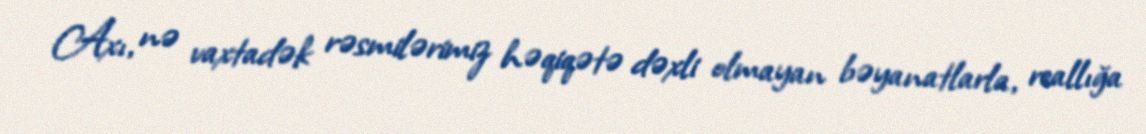
Axı, nə vaxtadək rəsmilərimiz həqiqətə dəxli olmayan bəyanatlarla, reallığa